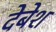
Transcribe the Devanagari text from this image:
देबेश